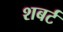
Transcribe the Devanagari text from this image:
शबर्ट